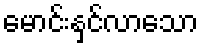
မောင်းနှင်လာသော